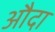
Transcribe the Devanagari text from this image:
औदा